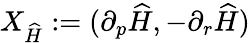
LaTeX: {X}_{\widehat H}:=(\partial_{p}\widehat H,-\partial_{r}\widehat H)